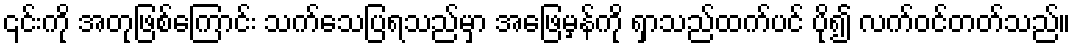
၎င်းကို အတုဖြစ်ကြောင်း သက်သေပြရသည်မှာ အဖြေမှန်ကို ရှာသည်ထက်ပင် ပို၍ လက်ဝင်တတ်သည်။